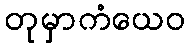
တုမှာကံယေဝ